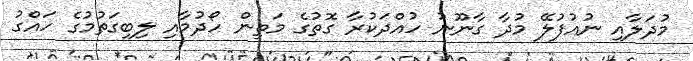
މުދަލާއި ނުއުފުލޭ މުދާ ގާނޫނު ހުއްދަކުރާ ގޮތުގެ މަތިން ހޯދުމާއި ލިބިގަތުމުގެ ހައްގު